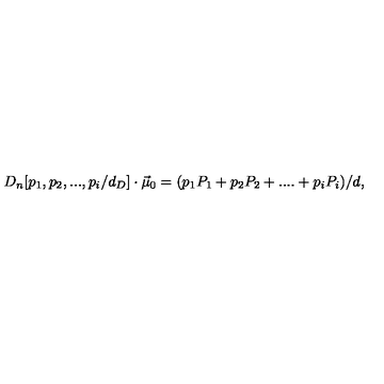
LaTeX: { D } _ { n } [ p _ { 1 } , p _ { 2 } , . . . , p _ { i } / d _ { D } ] \cdot \vec { \mu } _ { 0 } = ( p _ { 1 } P _ { 1 } + p _ { 2 } P _ { 2 } + . . . . + p _ { i } P _ { i } ) / d ,